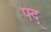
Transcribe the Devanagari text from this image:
फ्द्